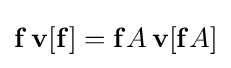
\mathbf {f} \,\mathbf {v} [\mathbf {f} ]=\mathbf {f} A\,\mathbf {v} [\mathbf {f} A]